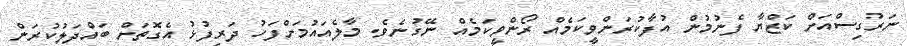
ނަރުގިސްއަށް ކަޒްޔާ ފެނުމުން އުފާކުރަންވީކަމެއް ރޯންވީކަމެއް ނޭގުނެވެ. މާލެއައުމަށްފަހު ދަރިފުޅު އެގޮތަށް ބައްދަލުކުރަން